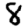
Digit: 8